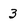
Character: 3